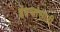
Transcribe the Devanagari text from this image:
इंग्रजांसाठी